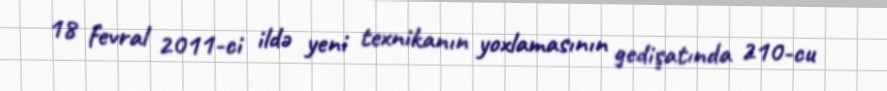
18 fevral 2011-ci ildə yeni texnikanın yoxlamasının gedişatında 210-cu